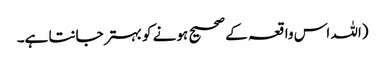
(اللہ اس واقعہ کے صحیح ہونے کو بہتر جانتا ہے۔